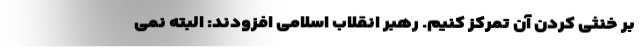
بر خنثی کردن آن تمرکز کنیم. رهبر انقلاب اسلامی افزودند: البته نمی